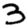
Digit: 3